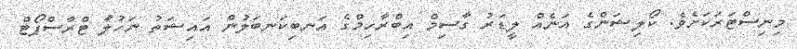
މިނިސްޓަރަކަށެވެ. ކޯލިޝަންގެ އަނެއް ލީޑަރު ގާސިމް އިބްރާހިމްގެ އަނބިކަނބަލުން އައިޝަތު ނަހުލާ ޓްރާސްޕޯޓް